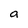
Character: a